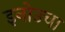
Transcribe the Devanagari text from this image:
इनोउचा